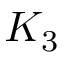
K _ { 3 }